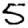
Digit: 5